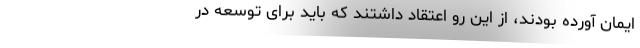
ایمان آورده بودند، از این رو اعتقاد داشتند که باید برای توسعه در